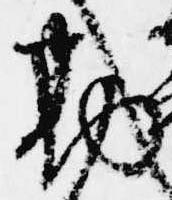
勘